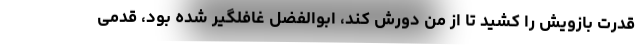
قدرت بازویش را کشید تا از من دورش کند، ابوالفضل غافلگیر شده بود، قدمی